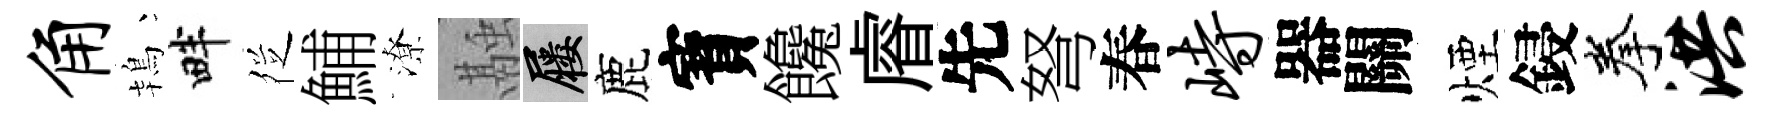
角鴇畔徔鯆潦融屨鹿寳饞𥈠先弩春峙器關煙鋟拳洪